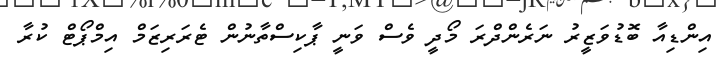
އިންޑިއާ ބޮޑުވަޒީރު ނަރެންދްރަ މޯދީ ވެސް ވަނީ ޕާކިސްތާނުން ޓެރަރިޒަމް އިމްޕޯޓް ކުރާ